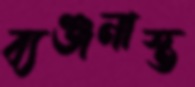
ব্যঞ্জনাস্ত